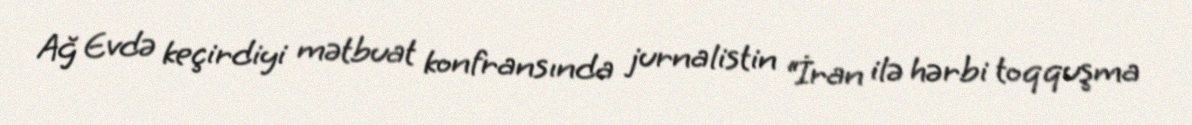
Ağ Evdə keçirdiyi mətbuat konfransında jurnalistin “İran ilə hərbi toqquşma